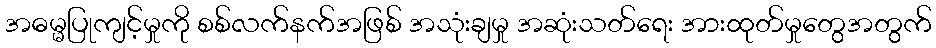
အဓမ္မပြုကျင့်မှုကို စစ်လက်နက်အဖြစ် အသုံးချမှု အဆုံးသတ်ရေး အားထုတ်မှုတွေအတွက်